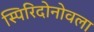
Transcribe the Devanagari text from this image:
स्पिरिदोनोवला